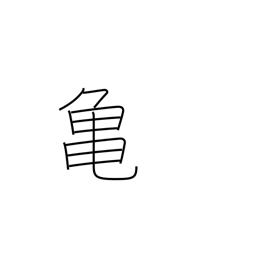
Meaning: tortoise